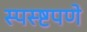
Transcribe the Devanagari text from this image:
स्पस्ष्टपणे